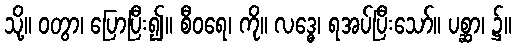
သို့။ ဝတွာ၊ ပြောပြီး၍။ စီဝရေ၊ ကို။ လဒ္ဓေ၊ ရအပ်ပြီးသော်။ ပစ္ဆာ၊ ၌။